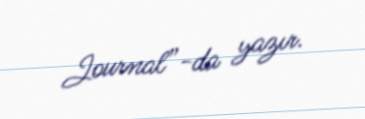
Journal”-da yazır.